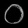
Digit: ၀